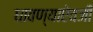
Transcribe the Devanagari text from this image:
धावण्याऐवजी